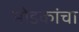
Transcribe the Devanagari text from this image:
मोडकांचा